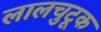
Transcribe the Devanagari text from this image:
लालचुटूक